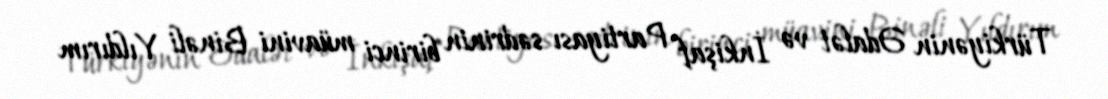
Türkiyənin Ədalət və İnkişaf Partiyası sədrinin birinci müavini Binəli Yıldırım